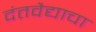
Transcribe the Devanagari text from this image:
दंतवैद्याचा